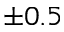
\pm 0 . 5